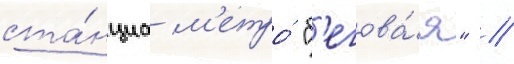
ста́нциа м'етро́ "б'егова́я" //